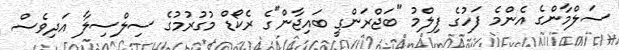
ސަލްމާންގެ އެންމެ ފަހުގެ ފިލްމު "ބަޖްރަންގީ ބައިޖާން"ގެ ރެކޯޑް މުގުރުމުގެ ސިލްސިލާ އަދިވެސް